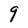
Character: 9